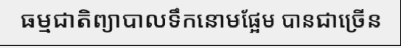
ធម្មជាតិព្យាបាលទឹកនោមផ្អែម បានជាច្រើន